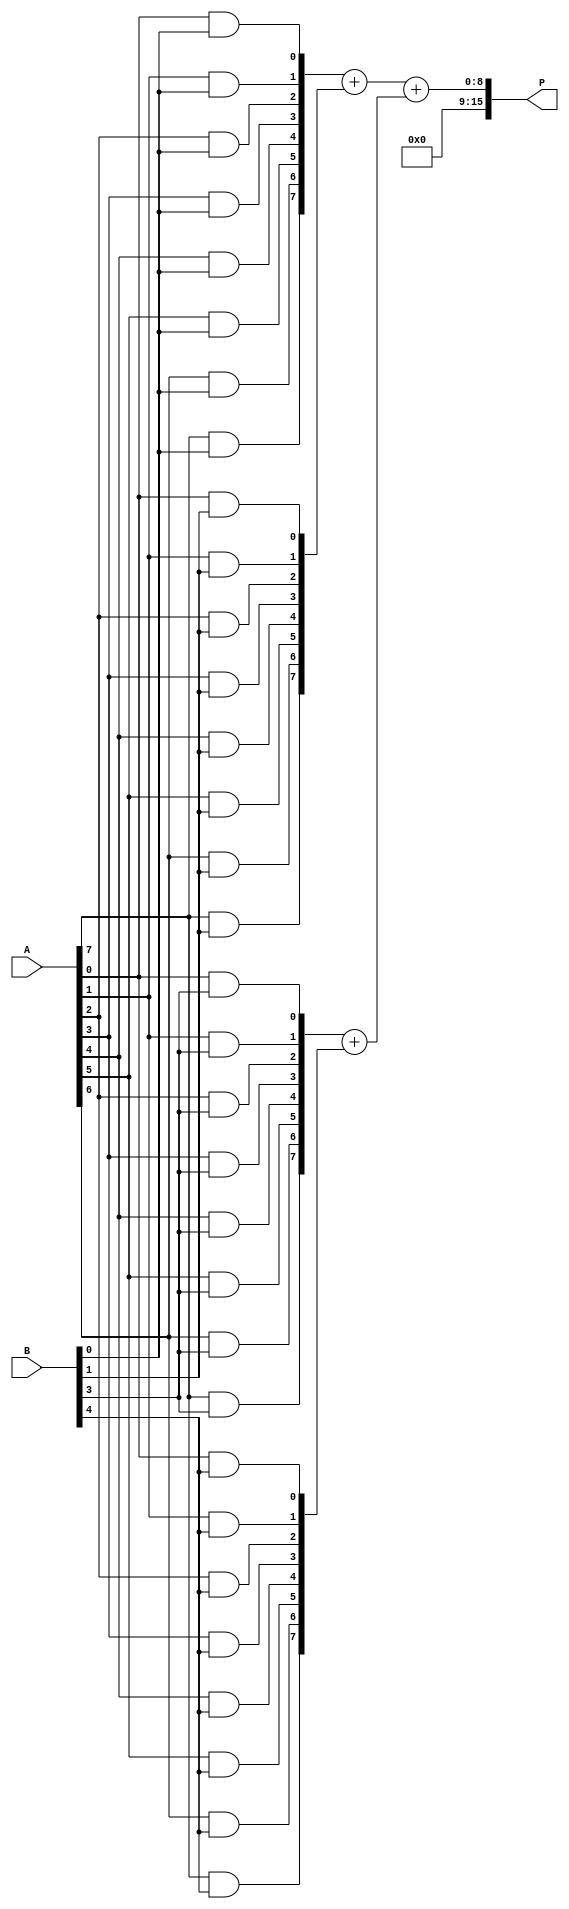
module dadda_multiplier #(parameter WIDTH = 8) (
    input [WIDTH-1:0] A,
    input [WIDTH-1:0] B,
    output [2*WIDTH-1:0] P
);

// Generate Partial Products
wire [WIDTH:0] pp[0:WIDTH-1];

genvar i, j;
generate
    for (i = 0; i < WIDTH; i = i + 1) begin : pp_gen
        for (j = 0; j < WIDTH; j = j + 1) begin : pp_inner
            assign pp[i][j] = A[j] & B[i];
        end
        assign pp[i][WIDTH] = 1'b0; // Extra bit for carry
    end
endgenerate

// Reduction Logic (Dadda Tree)
wire [WIDTH:0] sum[0:WIDTH-1];
wire [WIDTH:0] carry[0:WIDTH-1];

// First stage of reduction
generate
    for (i = 0; i < WIDTH; i = i + 1) begin : stage1
        if (i % 3 == 0) begin
            assign sum[i/3] = pp[i] + pp[i+1];
            assign carry[i/3] = pp[i+2];
        end
    end
endgenerate

// Second stage of reduction
wire [WIDTH-1:0] stage2_sum[0:(WIDTH/3)+1];
wire [WIDTH-1:0] stage2_carry[0:(WIDTH/3)+1];

generate
    for (i = 0; i < (WIDTH/3) + 1; i = i + 1) begin : stage2
        if (i < (WIDTH/3)) begin
            assign stage2_sum[i] = sum[i];
            assign stage2_carry[i] = carry[i];
        end
        if (i == (WIDTH/3)) begin
            assign stage2_sum[i] = carry[i];
        end
    end
endgenerate

// Final Addition
wire [2*WIDTH-1:0] final_sum;

assign final_sum = stage2_sum[0] + stage2_sum[1];

// Result
assign P = final_sum;

endmodule